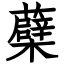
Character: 蘗